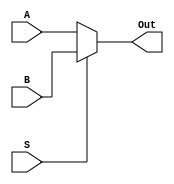
`timescale 1ns / 1ps
//////////////////////////////////////////////////////////////////////////////////
// Company: 
// Engineer: 
// 
// Design Name: 
// Module Name: two_to_one_mux
// Project Name: 
// Target Devices: 
// Tool Versions: 
// Description: 
// 
// Dependencies: 
// 
// Revision:
// Revision 0.01 - File Created
// Additional Comments:
// 
//////////////////////////////////////////////////////////////////////////////////


module two_to_one_mux(
    input[3:0] A,
    input[3:0] B,
    input S,
    output[3:0] Out
    );
        
    assign Out = (S == 1'b0) ? A : B; 
endmodule